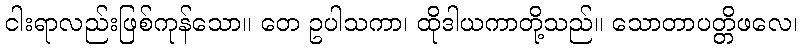
ငါးရာလည်းဖြစ်ကုန်သော။ တေ ဥပါသကာ၊ ထိုဒါယကာတို့သည်။ သောတာပတ္တိဖလေ၊